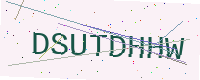
Text: DSUTDHHW